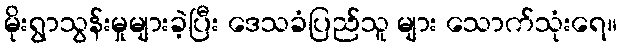
မိုးရွာသွန်းမှုများခဲ့ပြီး ဒေသခံပြည်သူ များ သောက်သုံးရေ။